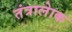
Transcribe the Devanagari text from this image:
तंत्रालेाक